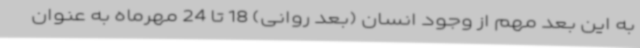
به این بعد مهم از وجود انسان (بعد روانی) 18 تا 24 مهرماه به عنوان